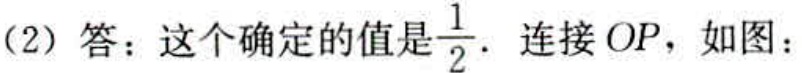
（2）答：这个确定的值是$\frac{1}{2}$. 连接$OP$，如图：